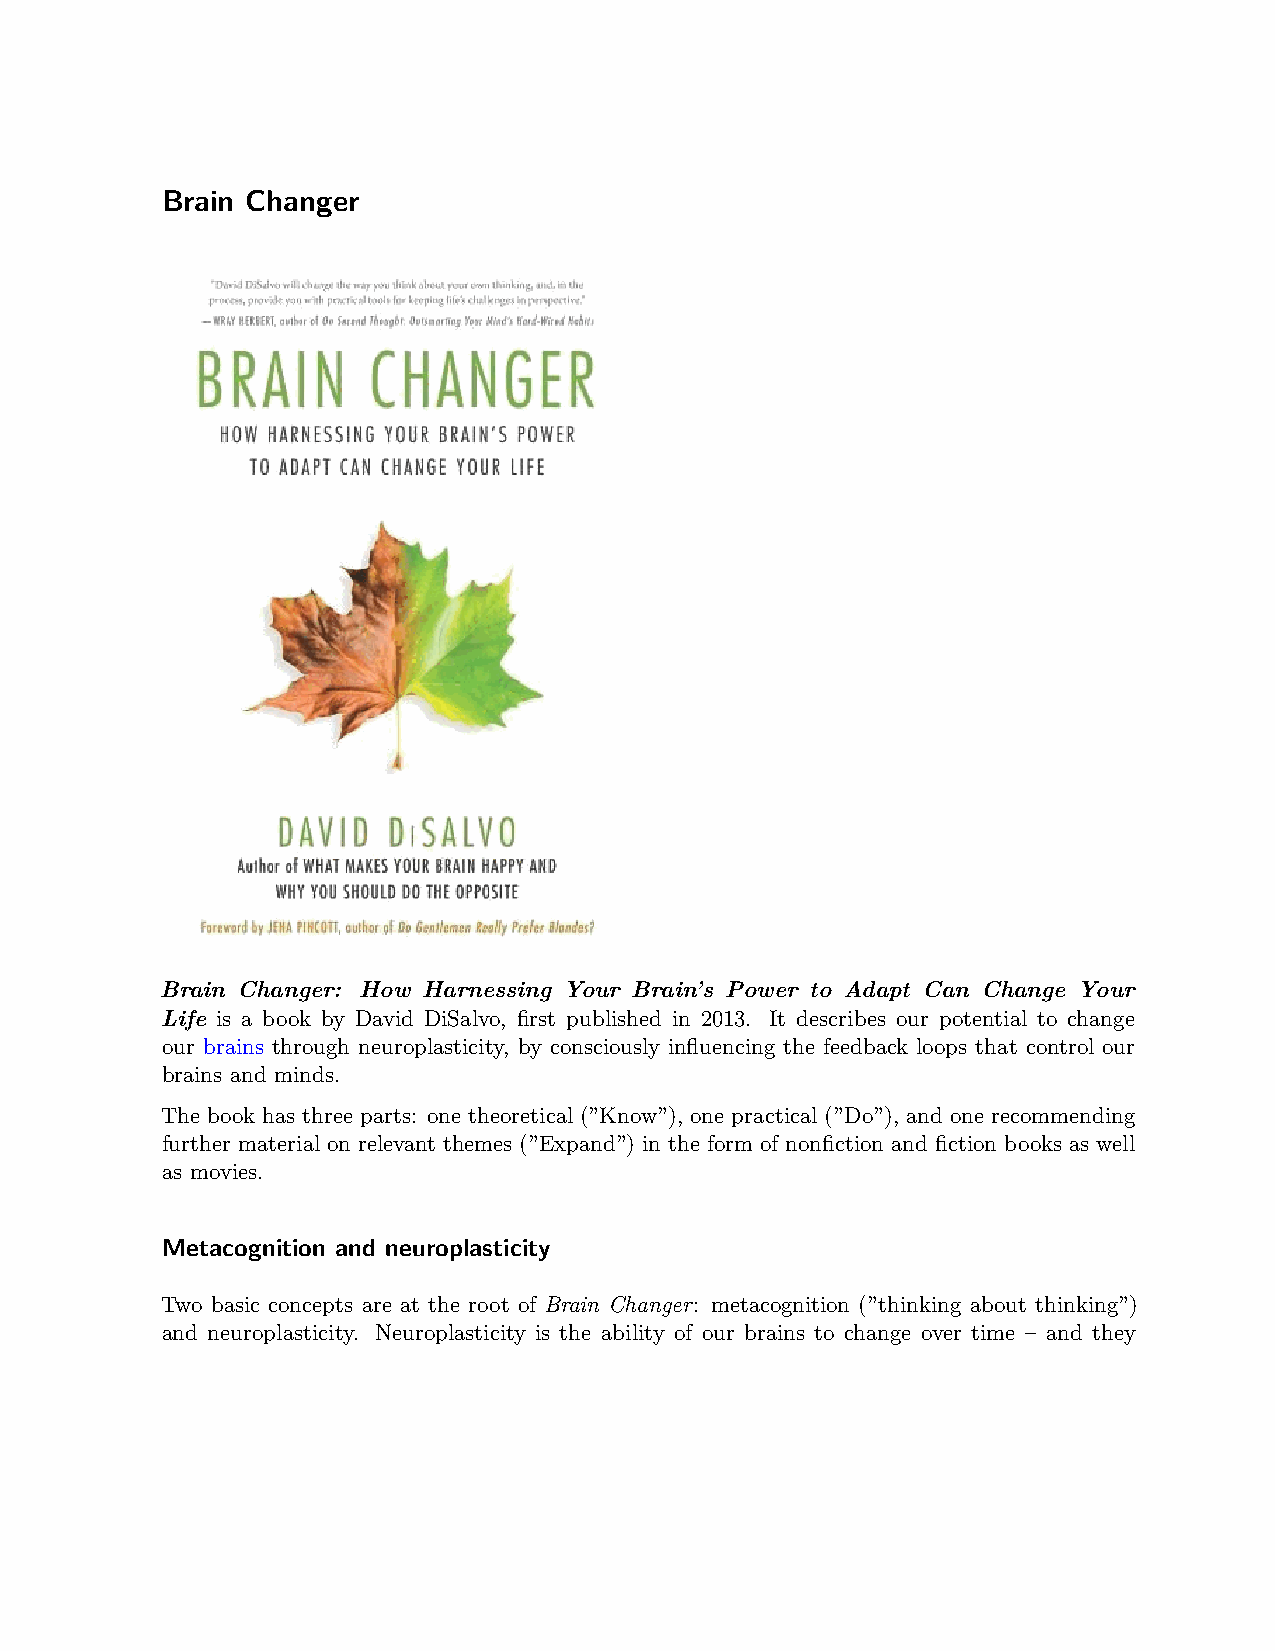
Brain Changer
 Brain Changer: How Harnessing Your Brain’s Power to Adapt Can Change Your
 Life is a book by David DiSalvo, first published in 2013. It describes our potential to change
 our brains through neuroplasticity, by consciously influencing the feedback loops that control our
 brains and minds.
 The book has three parts: one theoretical (”Know”), one practical (”Do”), and one recommending
 further material on relevant themes (”Expand”) in the form of nonfiction and fiction books as well
 as movies.
 Metacognition and neuroplasticity
 Two basic concepts are at the root of Brain Changer: metacognition (”thinking about thinking”)
 and neuroplasticity. Neuroplasticity is the ability of our brains to change over time – and they